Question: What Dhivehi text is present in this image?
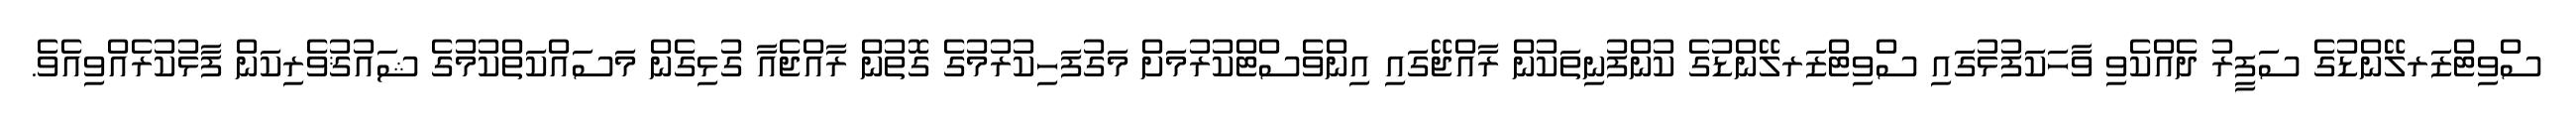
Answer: ސްވިޓްޒަރލޭންޑުގެ ސަފީރު ދެއްކެވި ވާހަކަފުޅުގައި ސްވިޓްޒަރލޭންޑުގެ ކުންފުނިތަކުން ރާއްޖޭގައި އިންވެސްޓްކުރުމަށް މަގުފަހިކުރުމުގެ ގޮތުން ރާއްޖެއާ ގުޅިގެން މަސައްކަތްކުމުގެ ޝައުޤުވެރިކަން ފާޅުކުރެއްވިއެވެ.